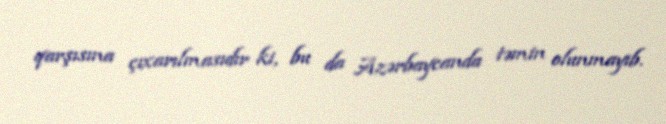
qarşısına çıxarılmasıdır ki, bu da Azərbaycanda təmin olunmayıb.